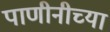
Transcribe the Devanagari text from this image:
पाणीनीच्या